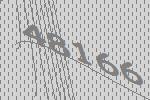
48166